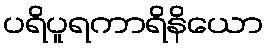
ပရိပူရကာရိနိယော